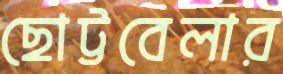
ছোট্টবেলার